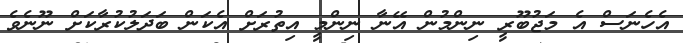
އެހެނަސް އެ މަޖުބޫރީ ނިންމުން އޭނާ ނިންމީ އިތުރަށް އެކަން ބަދަލުކުރާކަށް ނޫނެވެ